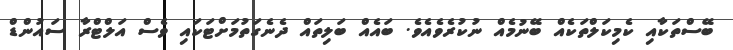
ބޭސްތަކާއި ކެމިކަލްތަކެއް ބޭނުމެއް ނުކުރެވެއެވެ. ބަައެއް ބަލިތައް ދެނެގަތުމަށްޓަކައި ވެސް އަލްޓްރާ ސައުންޑް